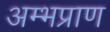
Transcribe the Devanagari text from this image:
अम्भप्राण